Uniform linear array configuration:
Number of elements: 4
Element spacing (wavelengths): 1
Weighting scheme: kaiser
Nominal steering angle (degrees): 15
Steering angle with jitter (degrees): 14.534
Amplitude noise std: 0.05
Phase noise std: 0.05

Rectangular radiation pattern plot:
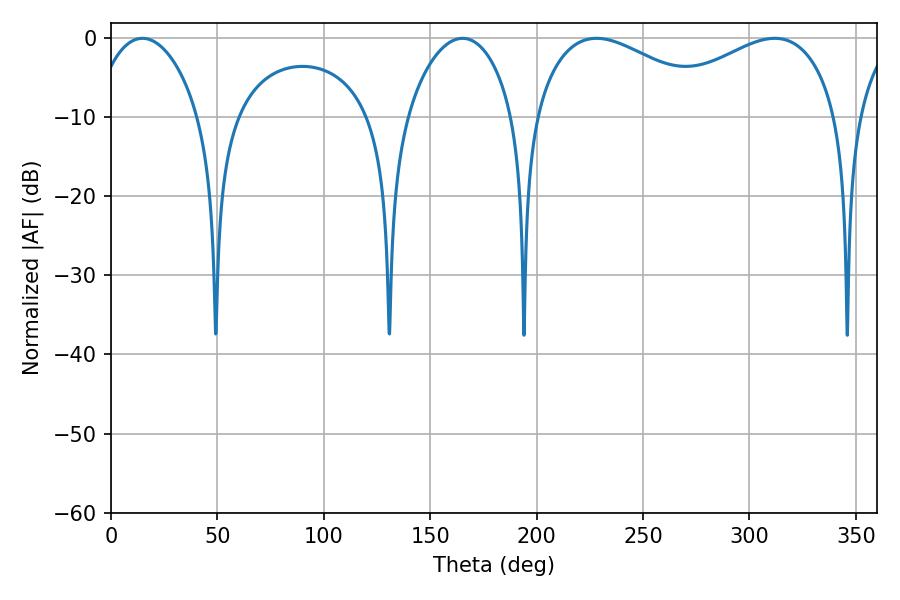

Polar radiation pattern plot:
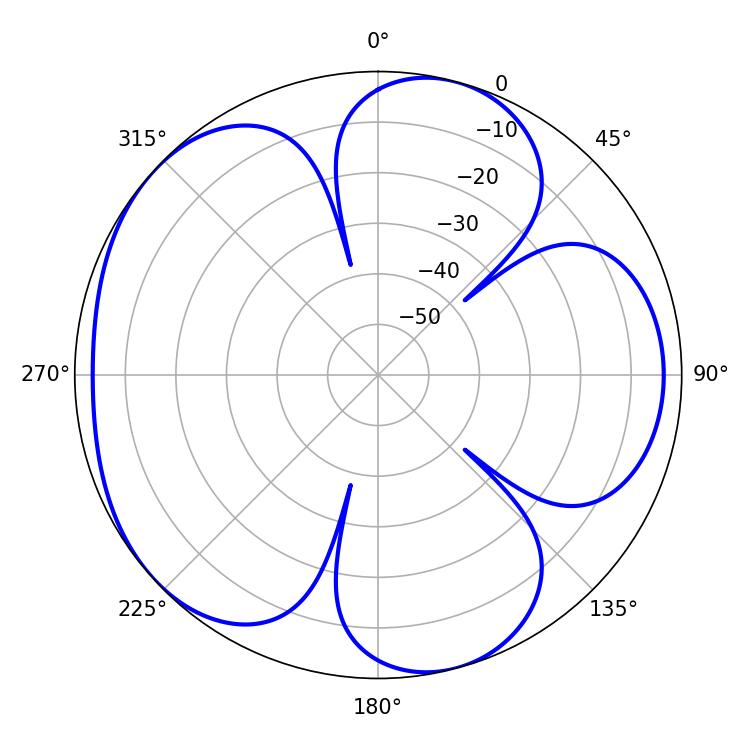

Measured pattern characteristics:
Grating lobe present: TRUE
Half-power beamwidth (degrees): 28.44
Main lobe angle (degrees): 14.76